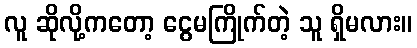
လူ ဆိုလို့ကတော့ ငွေမကြိုက်တဲ့ သူ ရှိမလား။